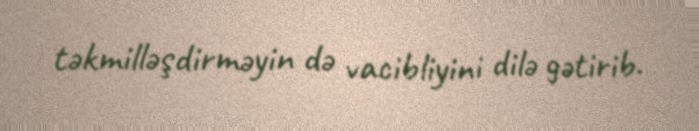
təkmilləşdirməyin də vacibliyini dilə gətirib.